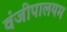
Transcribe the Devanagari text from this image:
वंजीपालयम